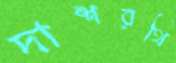
দাশরথি